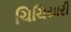
ચિચિયારી